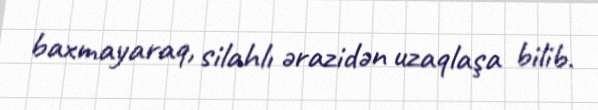
baxmayaraq, silahlı ərazidən uzaqlaşa bilib.